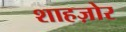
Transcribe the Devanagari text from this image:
शाहज़ोर